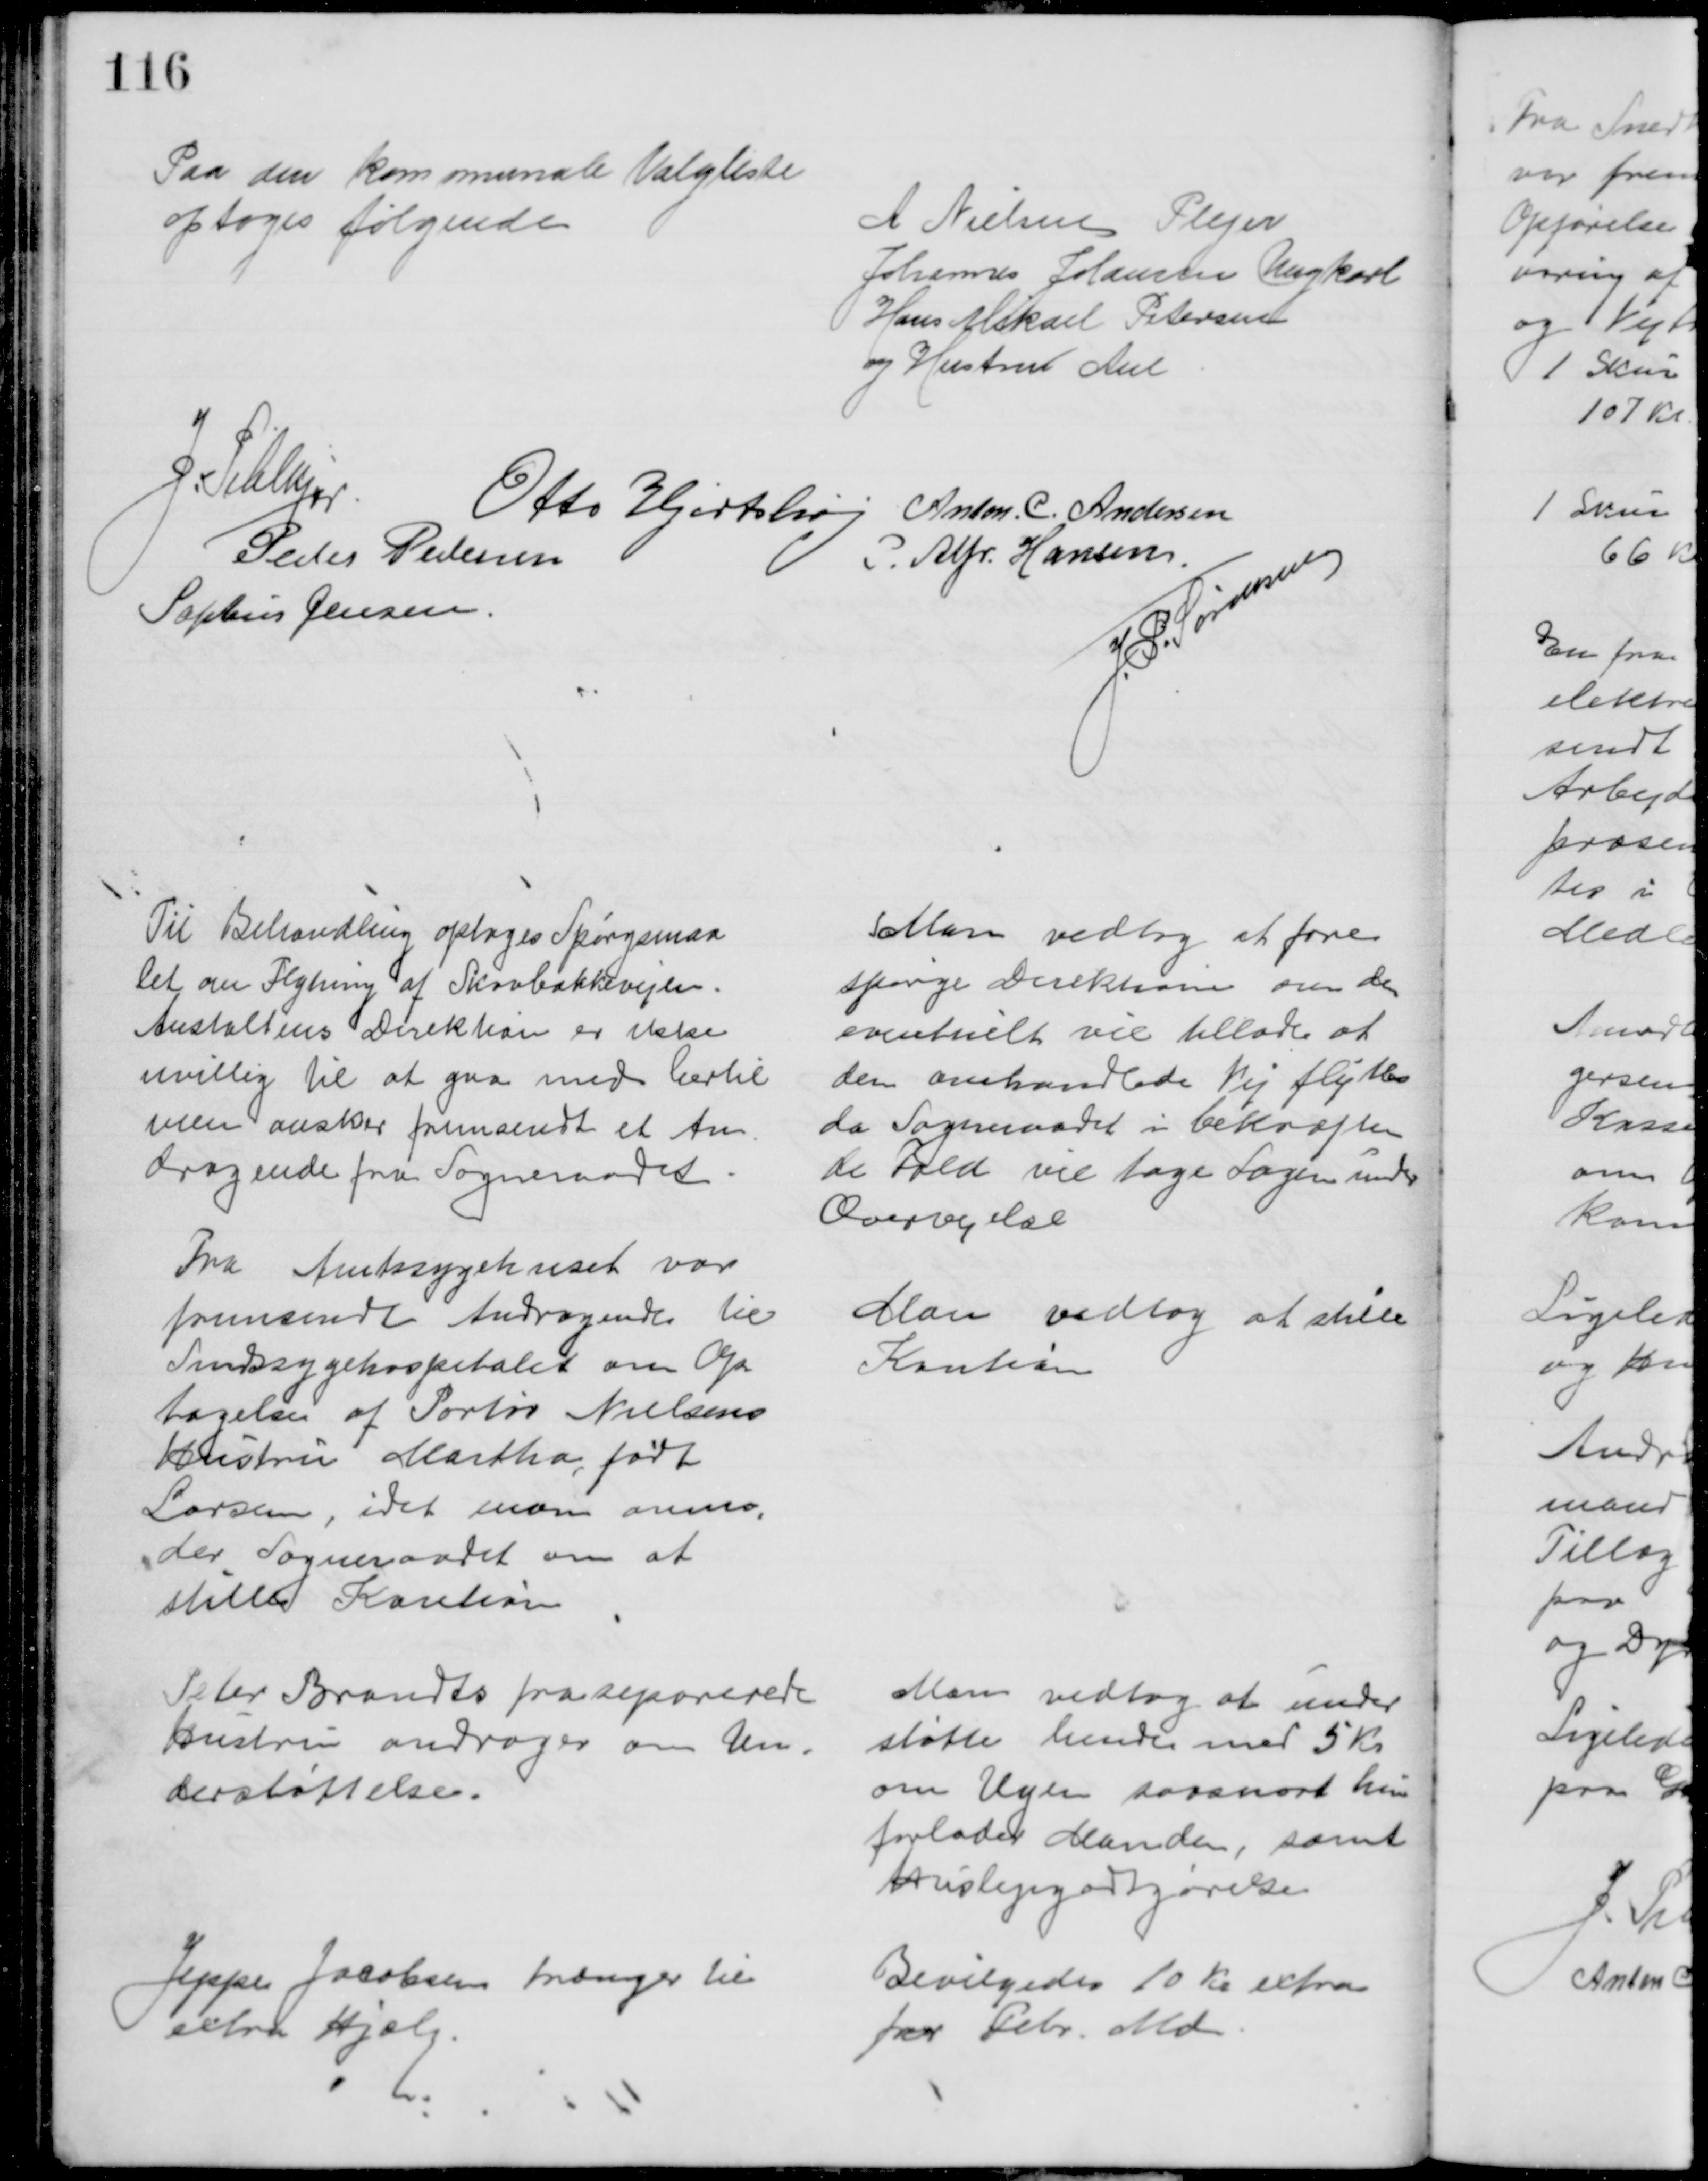
Transskription:
Paa den kommunale Valgliste
optoges følgende
A Nielsen Plejer
Johannes Johansen Ungkarl
Hans Mikael Petersen
og Hustru Ane
J. Pihlkjær
Otto Hjortshøj
Anton C. Andersen
Peder Pedersen
P. Alfr. Hansen
Soptus Jensen
J. P. Sørensen
Til Behandling optoges Spørgsmaa
let om Flytning af Skovbakkevejen.
Anstaltens Direktion er ikke
uvillig til at gaa med hertil
men ønsker fremsendt et An
dragende fra Sogneraadet
Man vedtog at fore
spørge Direktionen om den 
eventuelt vil tillade at 
den omhandlede Vej flyttes
da Sogneraadet i bekræften
de Fald vil tage Sagen under
Overvejelse
Fra Amtssygehuset var
fremsendt Andragende til
Sindssygehospitalet om Op
tagelse af Portør Nielsens 
Hustru Martha, født
Larsen, idet man anmo
der Sogneraadet om at
stille Kaution
Man vedtog at stille
Kaution
Peter Brandts fraseparerede
Hustru andrager om Un-
derstøttelse.
Man vedtog at under
støtte hende med 5 Kr
om Ugen saasnart hun 
forlader Manden, samt
Huslejegodtgørelse
Jeppe Jacobsen trænger til
extra Hjælp.
Bevilgedes 10 Kr extra
for Febr. Md.